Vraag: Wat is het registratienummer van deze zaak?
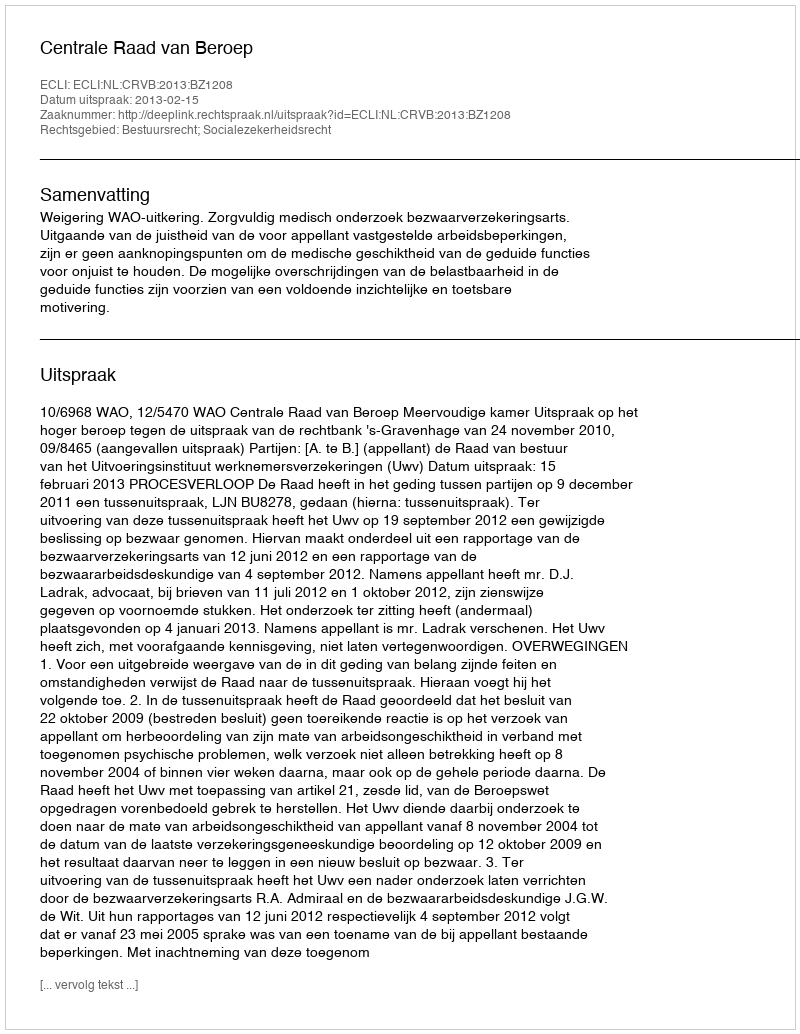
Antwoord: http://deeplink.rechtspraak.nl/uitspraak?id=ECLI:NL:CRVB:2013:BZ1208